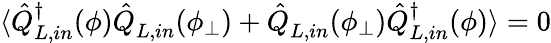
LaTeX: \langle\hat{Q}_{L,in}^{\dagger}(\phi)\hat{Q}_{L,in}^{}(\phi_{\bot})+\hat{Q}_{L,in}^{}(\phi_{\bot})\hat{Q}_{L,in}^{\dagger}(\phi)\rangle=0